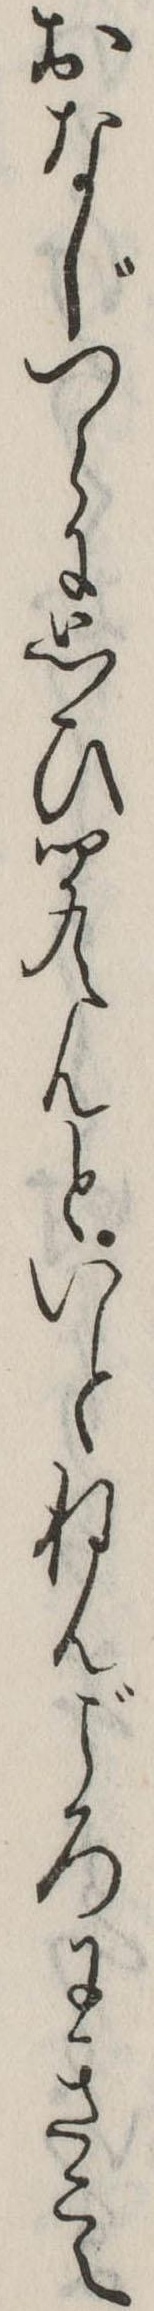
おなじつらに思ひ聞えんといとねんごろにきこえ